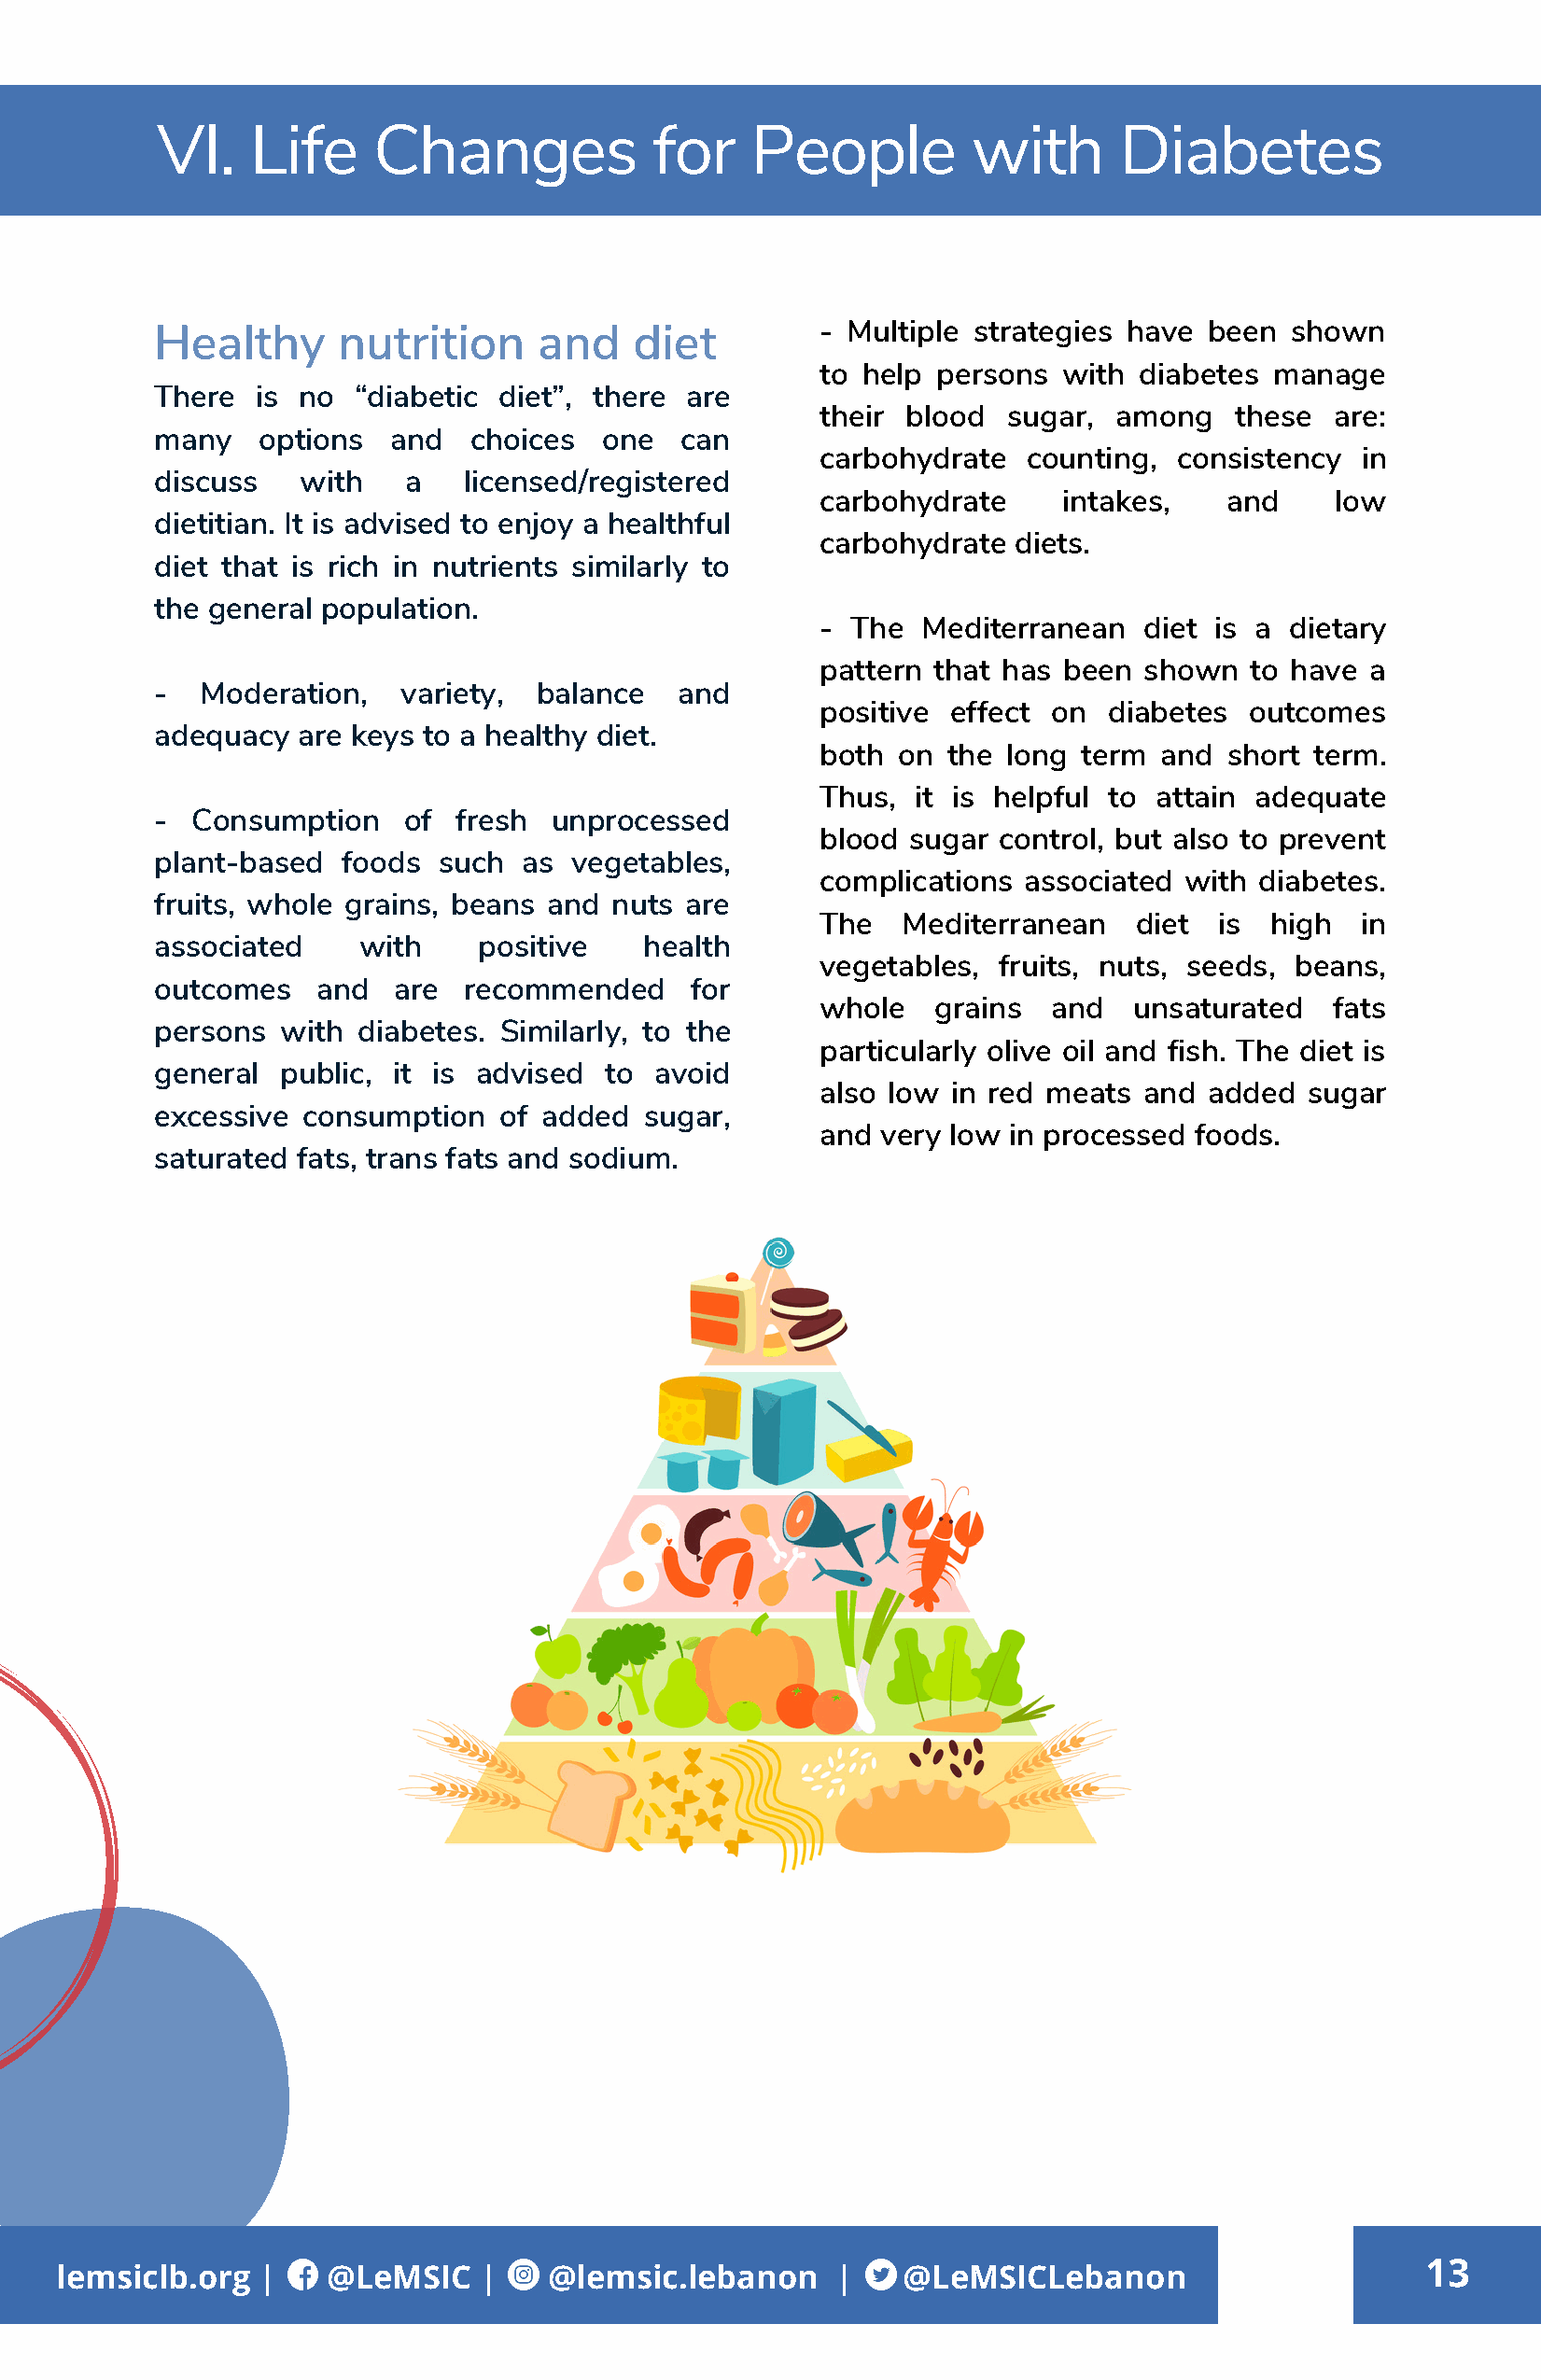
VI.    Life    Changes             for    People          with      Diabetes
 - Multiple strategies have  been  shown
 Healthy      nutrition     and    diet
 to help persons  with  diabetes manage
 There  is no  “diabetic diet”, there  are
 their blood  sugar,  among    these  are:
 many   options   and  choices   one  can
 carbohydrate   counting, consistency   in
 discuss   with    a   licensed/registered
 carbohydrate     intakes,    and     low
 dietitian. It is advised to enjoy a healthful
 carbohydrate  diets.
 diet that is rich in nutrients similarly to
 the general population.
 - The  Mediterranean   diet is a dietary
 pattern that has been  shown   to have a
 -  Moderation,   variety,  balance   and
 positive effect  on  diabetes  outcomes
 adequacy  are keys to a healthy diet.
 both  on the long  term and  short term.
 Thus,  it is helpful to attain adequate
 -  Consumption    of fresh  unprocessed
 blood sugar  control, but also to prevent
 plant-based  foods  such  as vegetables,
 complications  associated with diabetes.
 fruits, whole grains, beans and nuts  are
 The   Mediterranean   diet  is  high  in
 associated    with     positive    health
 vegetables,  fruits, nuts, seeds, beans,
 outcomes   and   are  recommended     for
 whole   grains   and  unsaturated   fats
 persons  with diabetes. Similarly, to the
 particularly olive oil and fish. The diet is
 general  public, it is advised  to avoid
 also low in red meats  and  added  sugar
 excessive consumption   of added   sugar,
 and very low  in processed foods.
 saturated fats, trans fats and sodium.
 13
 lemsiclb.org  |    @LeMSIC    |    @lemsic.lebanon     |    @LeMSICLebanon